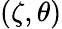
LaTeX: (\zeta,\theta)